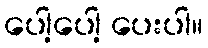
ပေါ့ပေါ့ ပေးပါ။